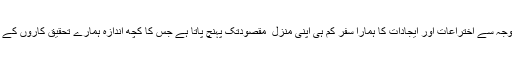
اس تمام صورتحال کا حاصل تحقیق کے شعبے میں ہماری کمزوری کا باعث بن رہا ہے جس کی وجہ سے اختراعات اور ایجادات کا ہمارا سفر کم ہی اپنی منزل ِ مقصودتک پہنچ پاتا ہے جس کا کچھ اندازہ ہمارے تحقیق کاروں کے Patents (سند ِ حقِ ایجاد یا سندِ حقِ اختراع) کے حصول کے رجحان سے بھی لگایا جا سکتا ہے۔